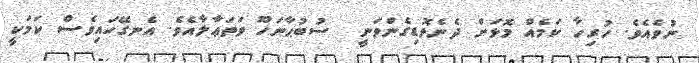
ނުވެއެވެ. ހުރިހާ ކަމެއް މޮޅަށް ދެނެވޮޑިގެންވަނީ  ސުބުޙާނަހޫ ވަތަޢާލާއެވެ. އެނގޭހައިވެސް ކަމަކީ